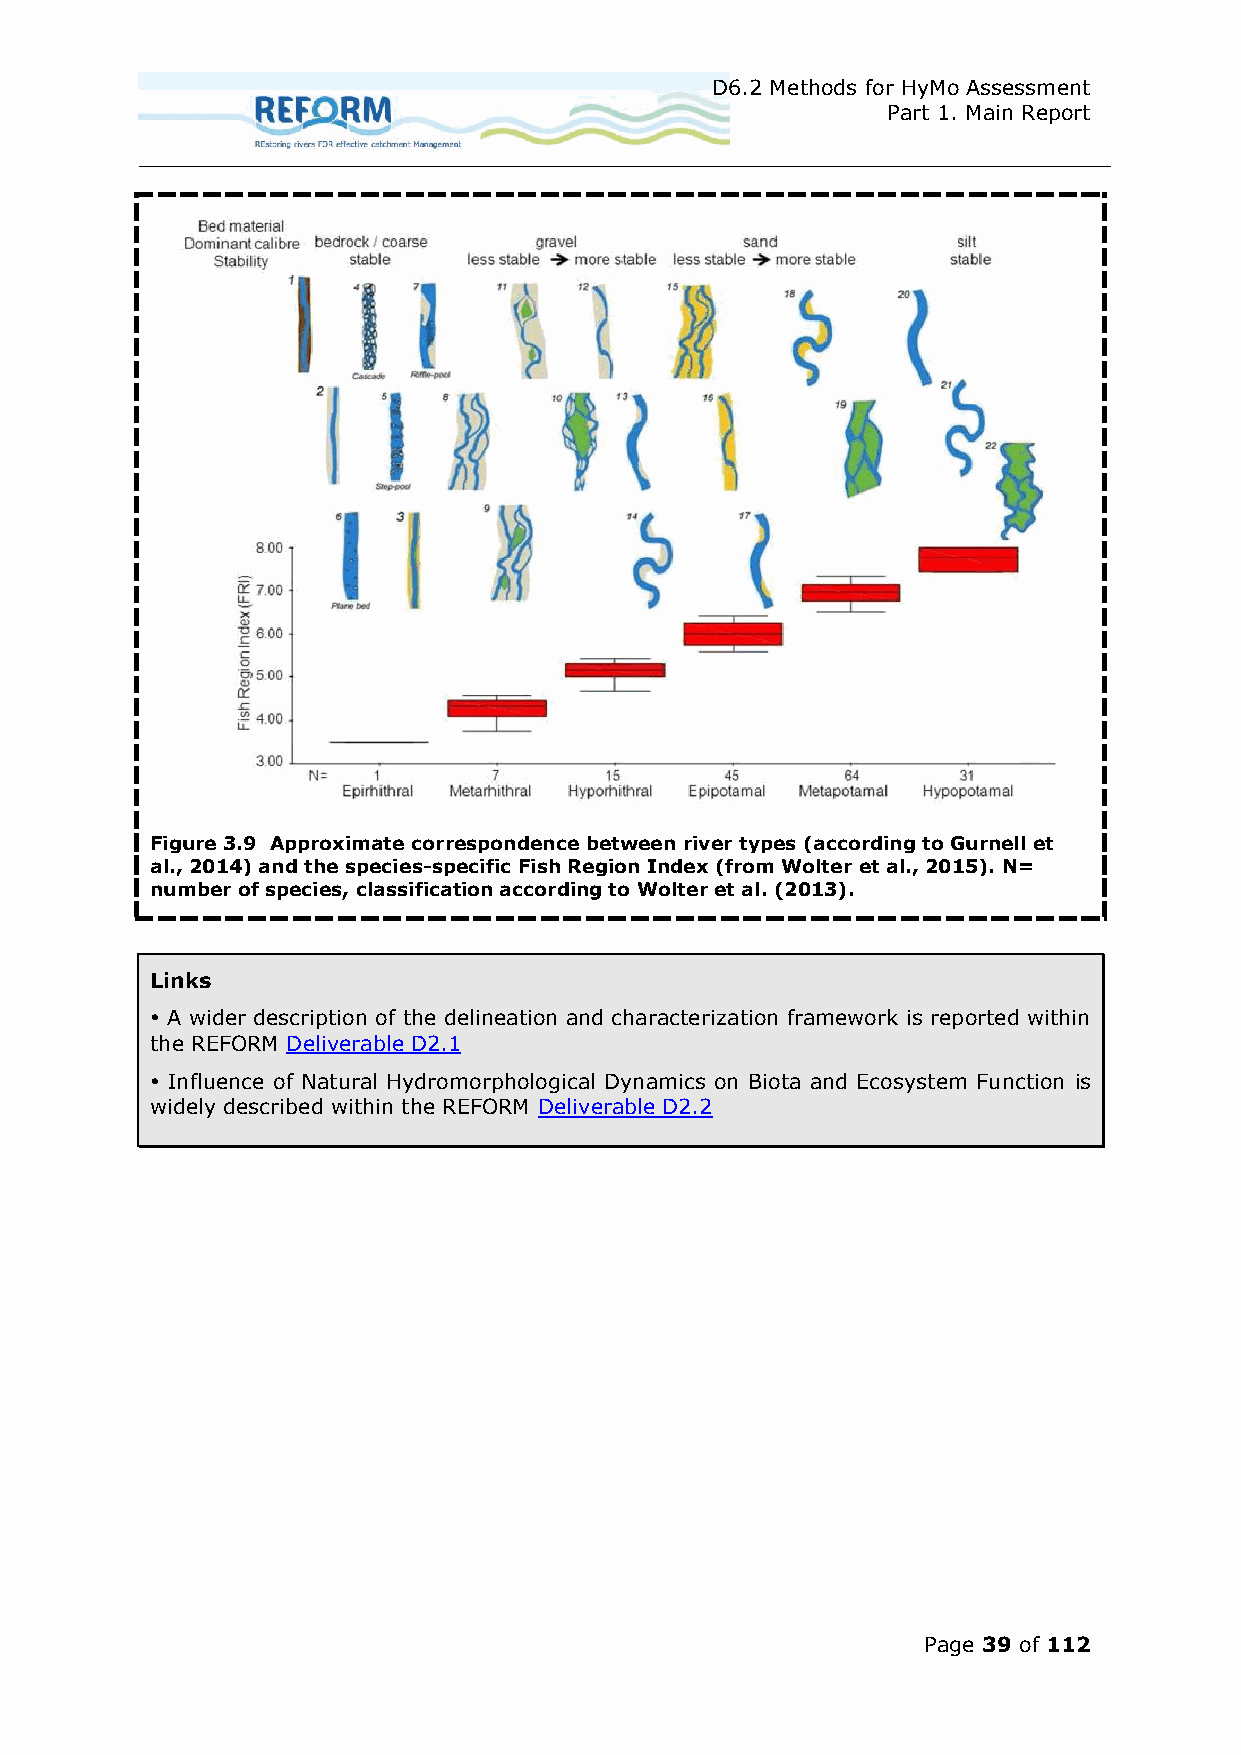
D6.2 Methods for HyMo Assessment
 Part 1. Main Report
 Figure 3.9 Approximate correspondence between river types (according to Gurnell et
 al., 2014) and the species-specific Fish Region Index (from Wolter et al., 2015). N=
 number of species, classification according to Wolter et al. (2013).
 Links
  A wider description of the delineation and characterization framework is reported within
 the REFORM Deliverable D2.1
  Influence of Natural Hydromorphological Dynamics on Biota and Ecosystem Function is
 widely described within the REFORM Deliverable D2.2
 Page 39 of 112